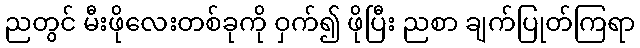
ညတွင် မီးဖိုလေးတစ်ခုကို ဝှက်၍ ဖိုပြီး ညစာ ချက်ပြုတ်ကြရာ